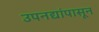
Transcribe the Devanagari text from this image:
उपनद्यांपासून